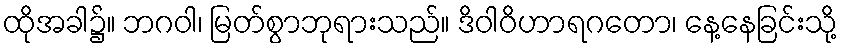
ထိုအခါ၌။ ဘဂဝါ၊ မြတ်စွာဘုရားသည်။ ဒိဝါဝိဟာရဂတော၊ နေ့နေခြင်းသို့